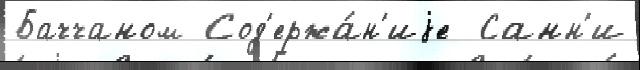
Баччаном Сод'ержа́н'иjе  Санн'и